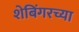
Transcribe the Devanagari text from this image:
शेबिंगरच्या